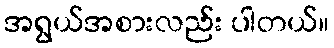
အရွယ်အစားလည်း ပါတယ်။